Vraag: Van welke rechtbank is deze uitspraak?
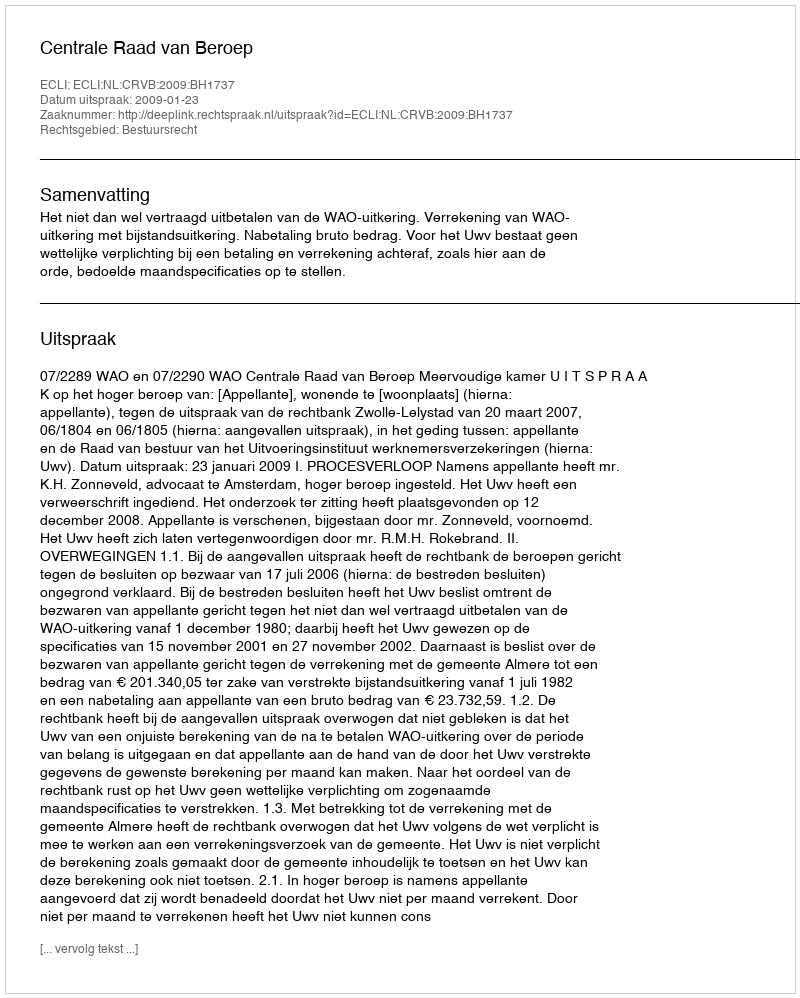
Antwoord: Centrale Raad van Beroep